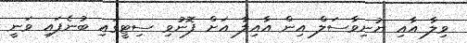
ވިލާ އާއި ޔުނިވާސަލް އިން އާއިލާ އަށް ފޮނުވި ސިޓީގައި ބުނެފައި ވަނީ